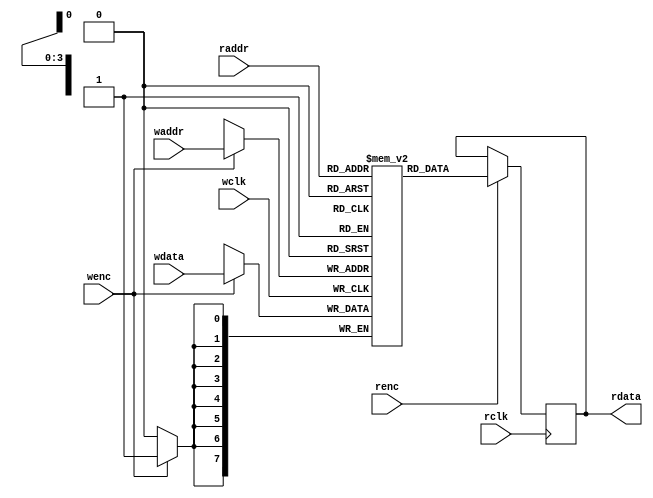
`timescale 1ns/1ns

/**********************************RAM************************************/
module dual_port_RAM #(parameter DEPTH = 16,
					   parameter WIDTH = 8)(
	 input wclk
	,input wenc
	,input [$clog2(DEPTH)-1:0] waddr  
	,input [WIDTH-1:0] wdata      	
	,input rclk
	,input renc
	,input [$clog2(DEPTH)-1:0] raddr  
	,output reg [WIDTH-1:0] rdata 		
);

reg [WIDTH-1:0] RAM_MEM [0:DEPTH-1];

always @(posedge wclk) begin
	if(wenc)
		RAM_MEM[waddr] <= wdata;
end 

always @(posedge rclk) begin
	if(renc)
		rdata <= RAM_MEM[raddr];
end 

endmodule  

/**********************************SFIFO************************************/
module sfifo#(
	parameter	WIDTH = 8,
	parameter 	DEPTH = 16
)(
	input 					clk		, 
	input 					rst_n	,
	input 					winc	,
	input 			 		rinc	,
	input 		[WIDTH-1:0]	wdata	,

	output reg				wfull	,
	output reg				rempty	,
	output wire [WIDTH-1:0]	rdata
);

parameter ADDR_WIDTH = $clog2(DEPTH);
reg [ADDR_WIDTH:0] waddr, raddr;
wire wen;
wire ren;

assign wen = winc & !wfull;
assign ren = rinc & !rempty;

wire [ADDR_WIDTH:0] cnt;

assign cnt = (waddr[ADDR_WIDTH] == raddr[ADDR_WIDTH])? (waddr[ADDR_WIDTH:0] - raddr[ADDR_WIDTH:0]):
                                                       (DEPTH + waddr[ADDR_WIDTH-1:0] - raddr[ADDR_WIDTH-1:0]);
always @(posedge clk or negedge rst_n) begin
    if(!rst_n) begin
        wfull <= 0;
        rempty <= 0;
    end
    else if(cnt == 0) begin
        rempty <= 1;
        wfull <= 0;
    end
    else if(cnt == DEPTH) begin
        rempty <= 0;
        wfull <= 1;
    end
    else begin
        rempty <= 0;
        wfull <= 0;
    end
end

always @(posedge clk or negedge rst_n) begin
    if(!rst_n) waddr <= 0;
    else if (winc & (~wfull)) waddr <= waddr + 1;
    else waddr <= waddr; 
end

always @(posedge clk or negedge rst_n) begin
    if(!rst_n) raddr <= 0;
    else if (rinc & (~rempty)) raddr <= raddr + 1;
    else raddr <= raddr; 
end

dual_port_RAM #(.DEPTH(DEPTH),
                .WIDTH(WIDTH)
)dual_port_RAM(
    .wclk (clk),  
    .wenc (wen),  
    .waddr(waddr[ADDR_WIDTH-1:0]), 
    .wdata(wdata),         
    .rclk (clk), 
    .renc (ren), 
    .raddr(raddr[ADDR_WIDTH-1:0]),  
    .rdata(rdata)         
);

endmodule